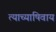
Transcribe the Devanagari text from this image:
त्याच्याषिवाय